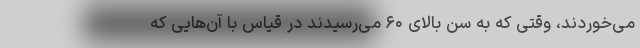
می‌خوردند، وقتی که به سن بالای ۶۰ می‌رسیدند در قیاس با آن‌هایی که